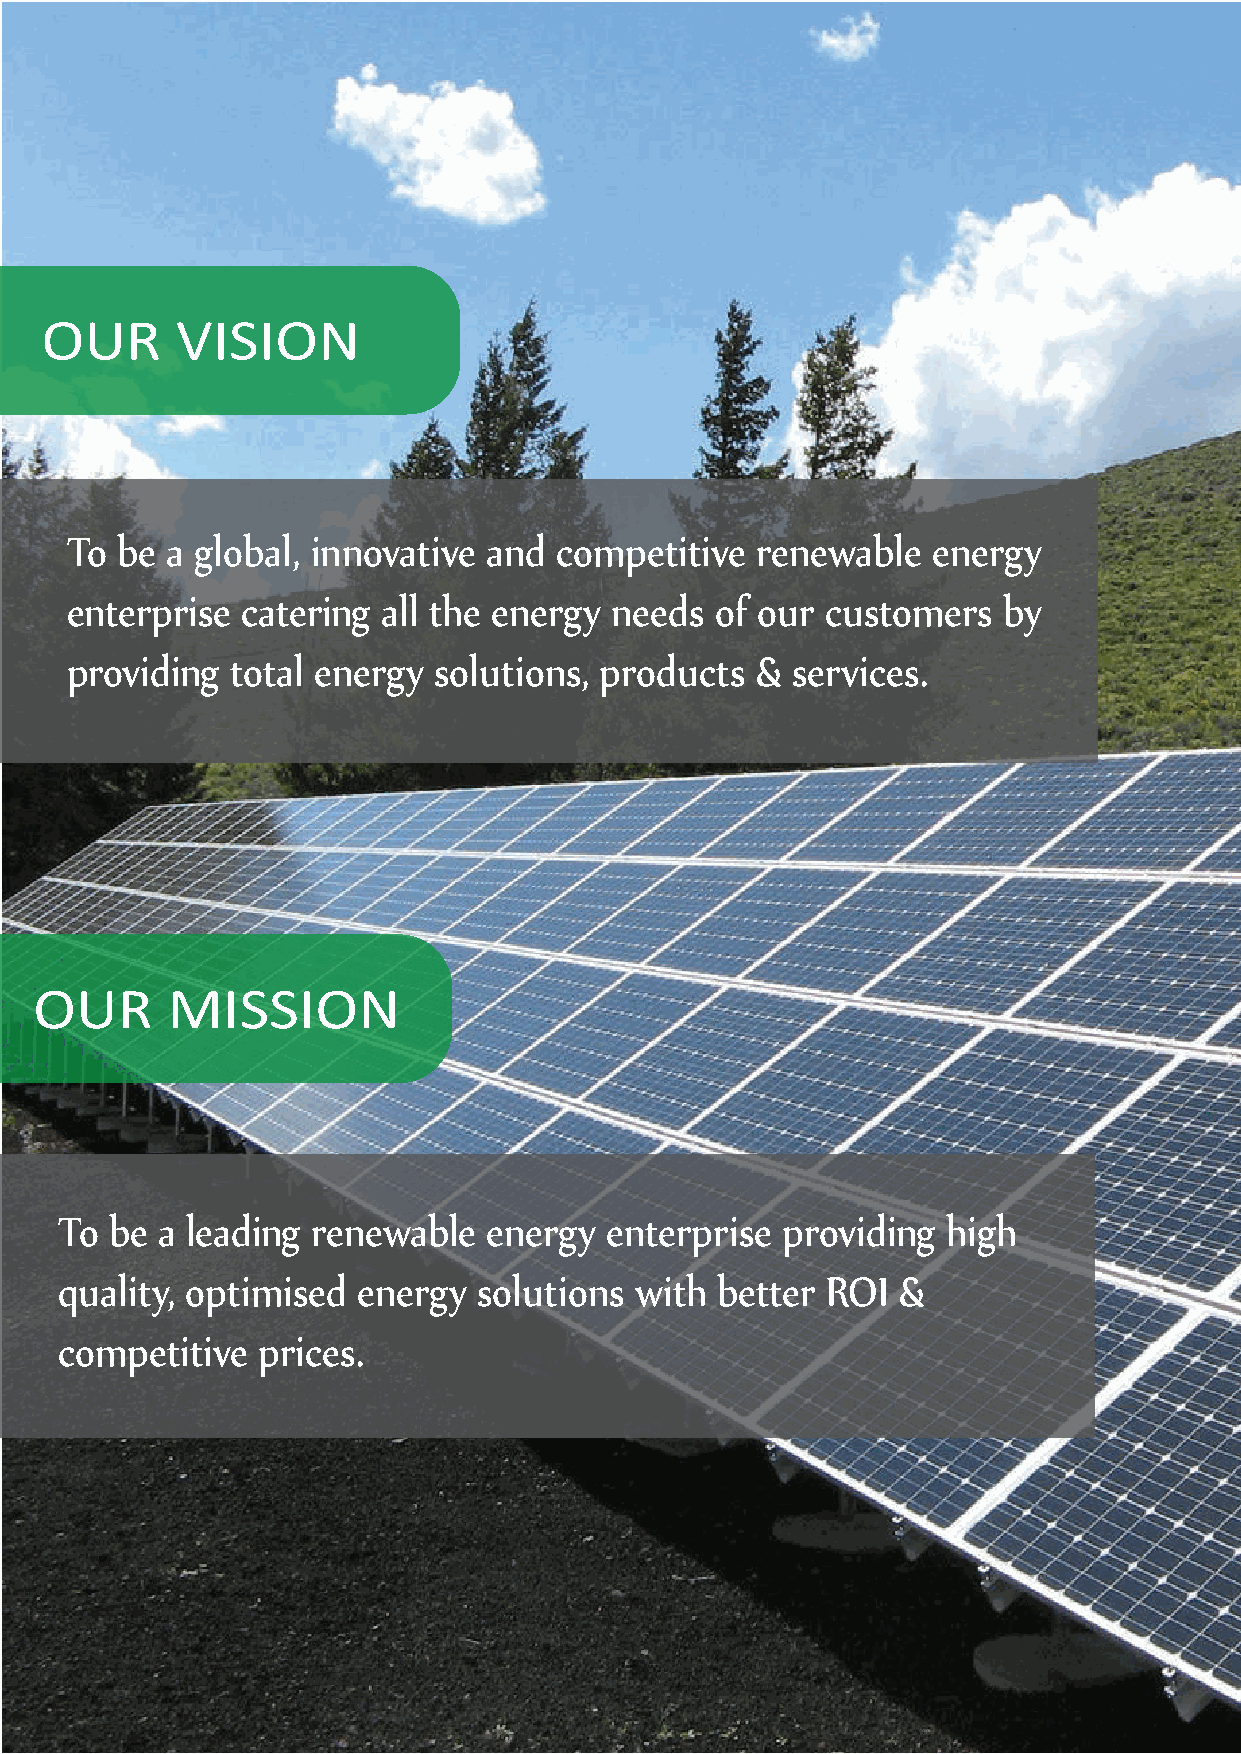
OUR      VISION
 To  be a global, innovative and  competitive  renewable   energy
 enterprise  catering all the energy needs  of our  customers  by
 providing  total energy  solutions, products  & services.
 OUR      MISSION
 To be a leading  renewable  energy  enterprise  providing  high
 quality, optimised  energy  solutions with  better ROI  &
 competitive  prices.